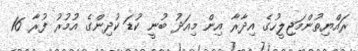
ރައްޔިތުންމަޖިލީހުގެ އިދާރާ އިން މިއަދު ބުނީ ކުޑަ ކުދިންގެ އުމުރު ފުރާ 16